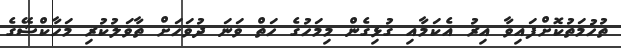
ތުހުމަތުކޮށްފައިވާ އިރު އެެކަމާއި ގުޅިގެން މިމަހުގެ ހަތް ވަނަ ދުވަހަށް ތާވަލުކުރި މަހާކްޝޭގެ